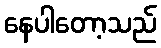
နေပါတော့သည်